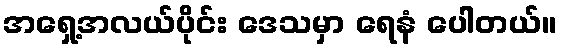
အရှေ့အလယ်ပိုင်း ဒေသမှာ ရေနံ ပေါတယ်။